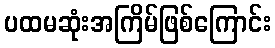
ပထမဆုံးအကြိမ်ဖြစ်ကြောင်း